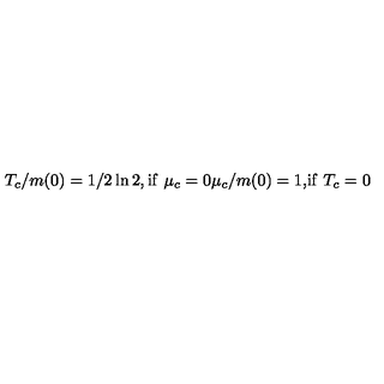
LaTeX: \begin{matrix} { T _ { c } / m ( 0 ) = 1 / 2 \ln 2 , } & { \mathrm { i f } \ } & { \mu _ { c } = 0 } \\ { \mu _ { c } / m ( 0 ) = 1 , } & { \mathrm { i f } \ } & { T _ { c } = 0 } \\ \end{matrix}